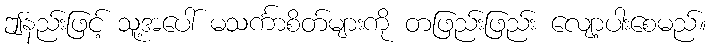
ဤနည်းဖြင့် သူ့အပေါ် မသင်္ကာစိတ်များကို တဖြည်းဖြည်း လျော့ပါးစေမည်။